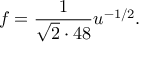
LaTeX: f = { \frac { 1 } { \sqrt 2 \cdot 4 8 } } u ^ { - 1 / 2 } .